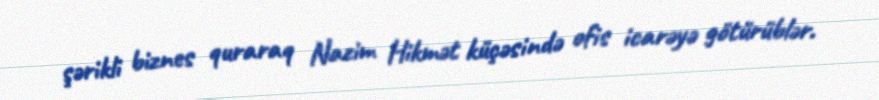
şərikli biznes quraraq Nazim Hikmət küçəsində ofis icarəyə götürüblər.